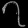
Digit: ၇